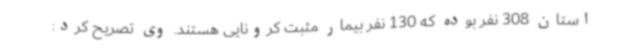
استان 308 نفر بوده که 130 نفر بیمار مثبت کرونایی هستند. وی تصریح کرد: